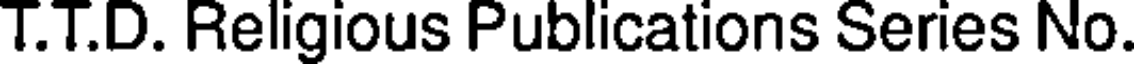
T.T.D. Religious Publications Series No.